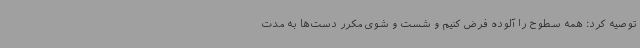
توصیه کرد: همه سطوح را آلوده فرض کنیم و شست و شوی مکرر دست‌ها به مدت